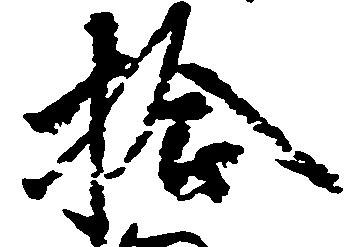
拾